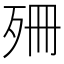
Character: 𣧱